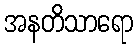
အနတိသာရော